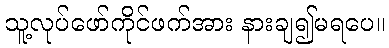
သူ့လုပ်ဖော်ကိုင်ဖက်အား နားချ၍မရပေ။